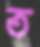
ত